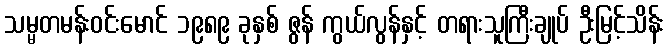
သမ္မတမန်းဝင်းမောင် ၁၉၈၉ ခုနှစ် ဇွန် ကွယ်လွန်နှင့် တရားသူကြီးချုပ် ဦးမြင့်သိန်း